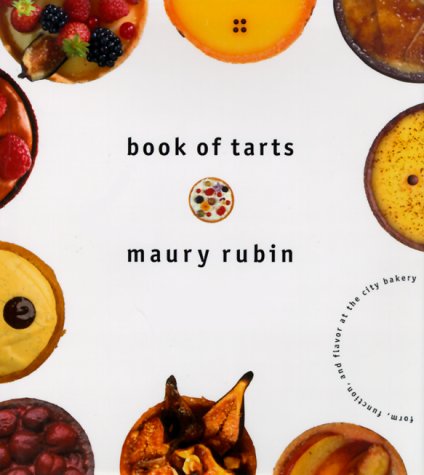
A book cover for Book of Tarts: Form, Function, and Flavor at the City Bakery; Maury Rubin; Cookbooks, Food & Wine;